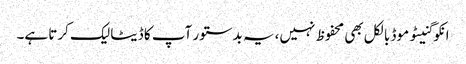
انکوگنیٹو موڈ بالکل بھی محفوظ نہیں، یہ بدستور آپ کا ڈیٹا لیک کرتا ہے۔